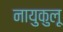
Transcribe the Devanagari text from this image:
नायुकुलू